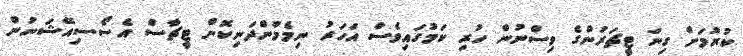
ކުރުމަށް ގިނަ ޓީޗަރުންގެ ވިސްނުން ހުރި ކަމުގައިވެސް އަހަރު ނިމެމުންދަނިކޮށް ޓީޗާސް އެސޯސިއޭޝަނުން